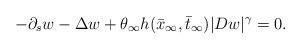
LaTeX: \begin{align*}-\partial_s w - \Delta w + \theta_\infty h(\bar x_\infty, \bar t_\infty) |Dw|^\gamma = 0 .\end{align*}